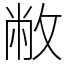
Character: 敝